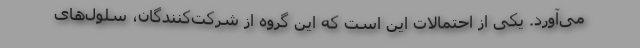
می‌آورد. یکی از احتمالات این است که این گروه از شرکت‌کنندگان، سلول‌های